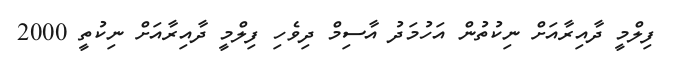
ފިލްމީ ދާއިރާއަށް ނިކުތުން އަހުމަދު އާސިމް ދިވެހި ފިލްމީ ދާއިރާއަށް ނިކުތީ 2000